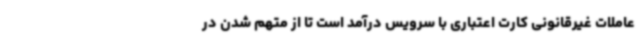
عاملات غیرقانونی کارت اعتباری با سرویس درآمد است تا از متهم شدن در